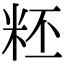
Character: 𥹂